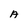
Character: A